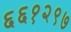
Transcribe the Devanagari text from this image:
६६१२९७